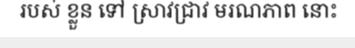
របស់ ខ្លួន ទៅ ស្រាវជ្រាវ មរណភាព នោះ